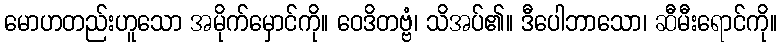
မောဟတည်းဟူသော အမိုက်မှောင်ကို။ ဝေဒိတဗ္ဗံ၊ သိအပ်၏။ ဒီပေါဘာသော၊ ဆီမီးရောင်ကို။